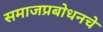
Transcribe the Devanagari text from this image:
समाजप्रबोधनचे